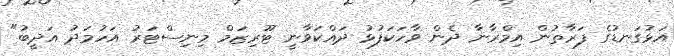
އަޅުގަނޑުގެ ފަރާތުން އިމްރާނާ ދެން ވާހަކަފުޅު ދައްކަވާނީ ޓޫރިޒަމް މިނިސްޓަރު އަހުމަދު އަދީބު"